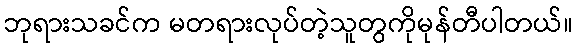
ဘုရားသခင်က မတရားလုပ်တဲ့သူတွကိုမုန်တီပါတယ်။